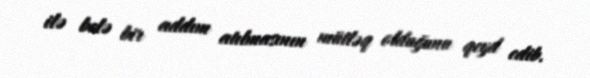
ilə belə bir addım atılmasının mütləq olduğunu qeyd edib.